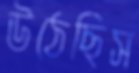
উঠেছিস